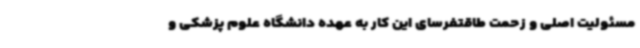
مسئولیت اصلی و زحمت طاقتفرسای این کار به عهده دانشگاه علوم پزشکی و